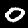
Digit: 0